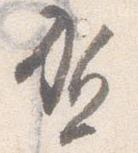
賀